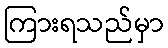
ကြားရသည်မှာ